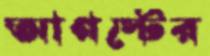
আগস্টের